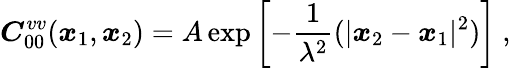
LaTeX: \boldsymbol{C}_{00}^{vv}(\boldsymbol{x}_{1},\boldsymbol{x}_{2})=A\exp\left[-\frac{1}{\lambda^{2}}(|\boldsymbol{x}_{2}-\boldsymbol{x}_{1}|^{2})\right]\mathrm{~,~}